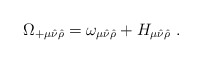
\begin{align*}\Omega_{+ \mu \hat \nu \hat \rho} = \omega_{\mu\hat \nu \hat \rho } + H_{\mu \hat \nu \hat \rho } ~.\end{align*}